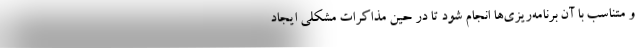
و متناسب با آن برنامه‌ریزی‌ها انجام شود تا در حین مذاکرات مشکلی ایجاد